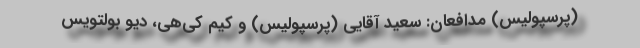
(پرسپولیس) مدافعان: سعید آقایی (پرسپولیس) و کیم کی‌هی، دیو بولتویس